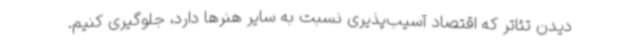
دیدن تئاتر که اقتصاد آسیب‌پذیری نسبت به سایر هنرها دارد، جلوگیری کنیم.